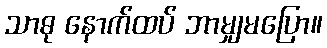
သာဓု နောက်ထပ် ဘာမျှမပြော။